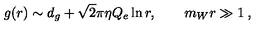
g ( r ) \sim d _ { g } + \sqrt { 2 } \pi \eta Q _ { e } \ln r , \qquad m _ { W } r \gg 1 \: ,